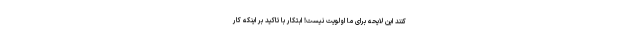
کنند این لایحه برای ما اولویت نیست! ابتکار با تاکید بر اینکه کار